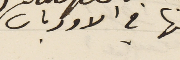
منها في الاوريان